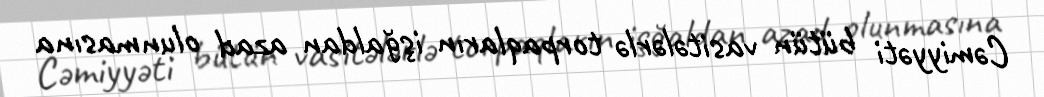
Cəmiyyəti bütün vasitələrlə torpaqların işğaldan azad olunmasına